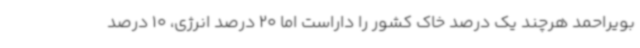
بویراحمد هرچند یک درصد خاک کشور را داراست اما 20 درصد انرژی، 10 درصد